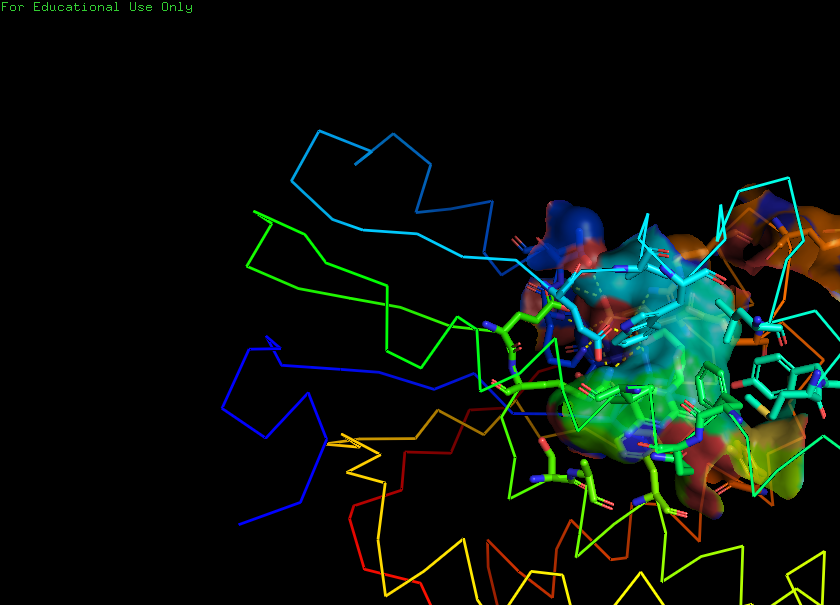
pymol, preset, ligand_sites_trans_hq